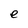
Character: e